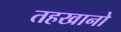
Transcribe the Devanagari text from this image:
तहखानो